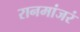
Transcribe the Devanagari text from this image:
रानमांजरं